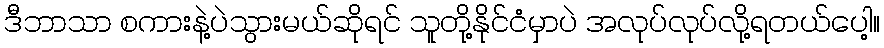
ဒီဘာသာ စကားနဲ့ပဲသွားမယ်ဆိုရင် သူတို့နိုင်ငံမှာပဲ အလုပ်လုပ်လို့ရတယ်ပေါ့။